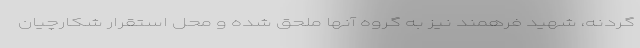
گردنه، شهید فرهمند نیز به گروه آنها ملحق شده و محل استقرار شکارچیان